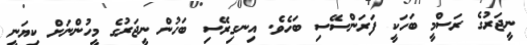
ނީޖަރުގެ ރަސްމީ ބަހަކީ ފަރަންސޭސި ބަހެވެ. އިނގިރޭސި ބަހުން ނީޖަރުގެ މީހުންނަށް ކިޔަނީ